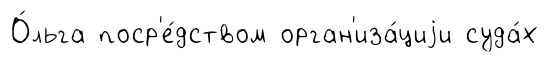
О́льга поср'е́дством орган'иза́циjи суда́х